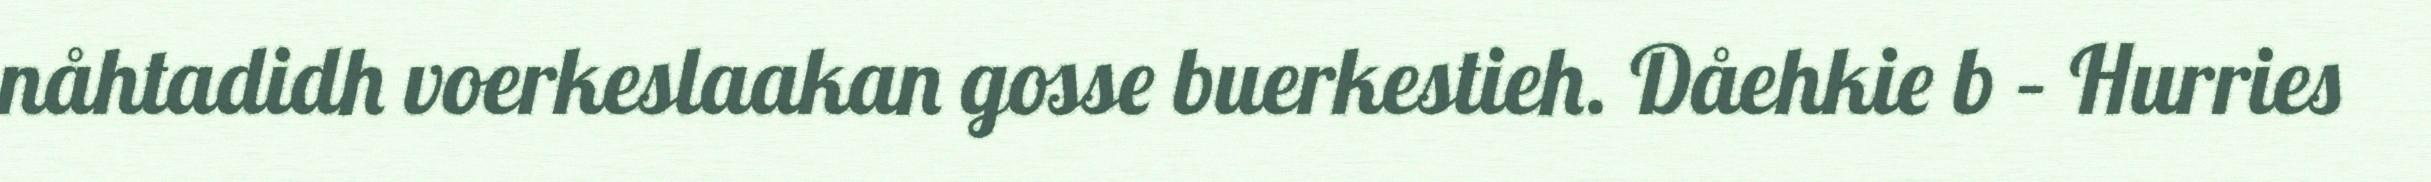
nåhtadidh voerkeslaakan gosse buerkestieh. Dåehkie b – Hurries